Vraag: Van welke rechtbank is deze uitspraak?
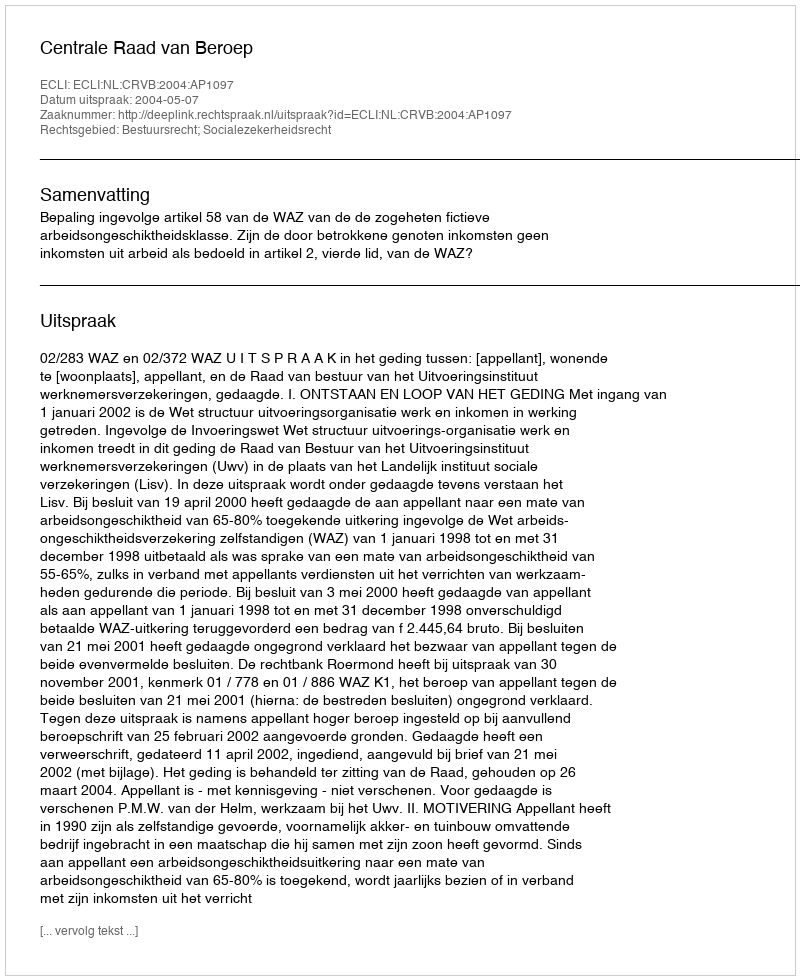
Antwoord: Centrale Raad van Beroep